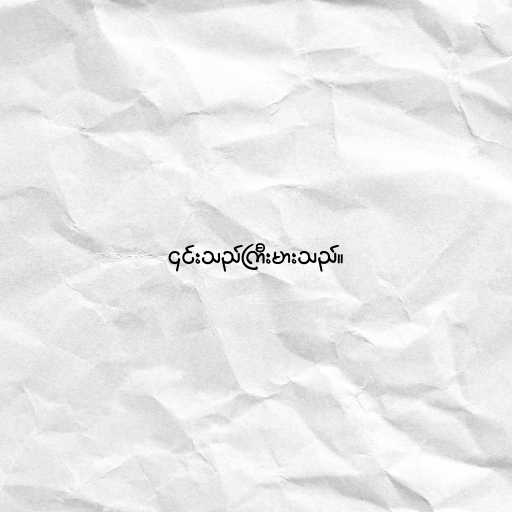
၎င်းသည်ကြီးမားသည်။